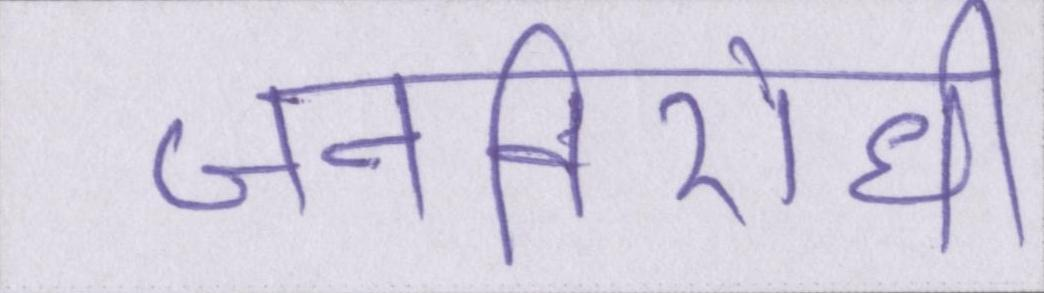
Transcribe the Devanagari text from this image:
जनविरोधी